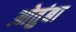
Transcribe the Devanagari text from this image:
ओतुंबा